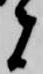
者